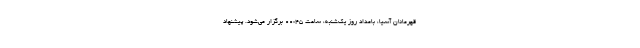
قهرمانان آسیا، بامداد روز یک‌شنبه، ساعت ۰۰:۴۵ برگزار می‌شود. پیشنهاد